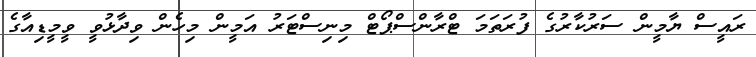
ރައީސް ޔާމީން ސަރުކާރުގެ ފުރަތަމަ ޓްރާންސްޕޯޓް މިނިސްޓަރު އަމީން މިހެން ވިދާޅުވީ ވީމީޑިއާގެ